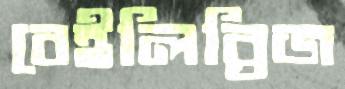
বেইলিব্রিজ